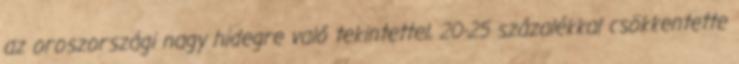
az oroszországi nagy hidegre való tekintettel, 20-25 százalékkal csökkentette